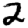
Digit: 2